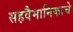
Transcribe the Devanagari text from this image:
सहवैमानिकाचे